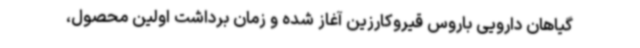
گیاهان دارویی باروس قیروکارزین آغاز شده و زمان برداشت اولین محصول،